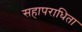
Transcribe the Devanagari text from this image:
सहापराधिता